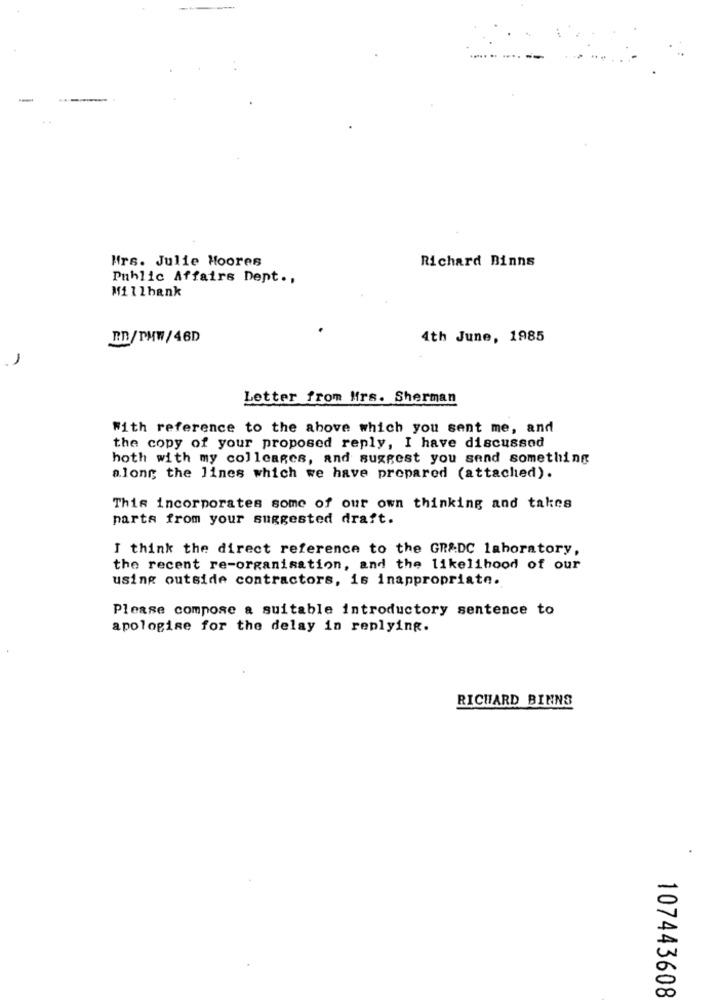
Mrs. Julie Hoores
Richard Binns
Public Affairs Dept .,
Millbank
RD/PHW/46D
4th June, 1985
1
Letter from Mirs. Sherman
With reference to the above which you sent me, and
the copy of your proposed reply, I have discussod
hoth with my colleages, and suggest you send something
along the lines which we have prepared (attached).
This incorporates some of our own thinking and takes
parts from your suggested draft.
I think the direct reference to the GR&DC laboratory,
the recent re-organisation, and the likelihood of our
using outside contractors, is inappropriate.
Please compose a suitable introductory sentence to
apologise for the delay in replying.
RICHARD BINNS
107443608